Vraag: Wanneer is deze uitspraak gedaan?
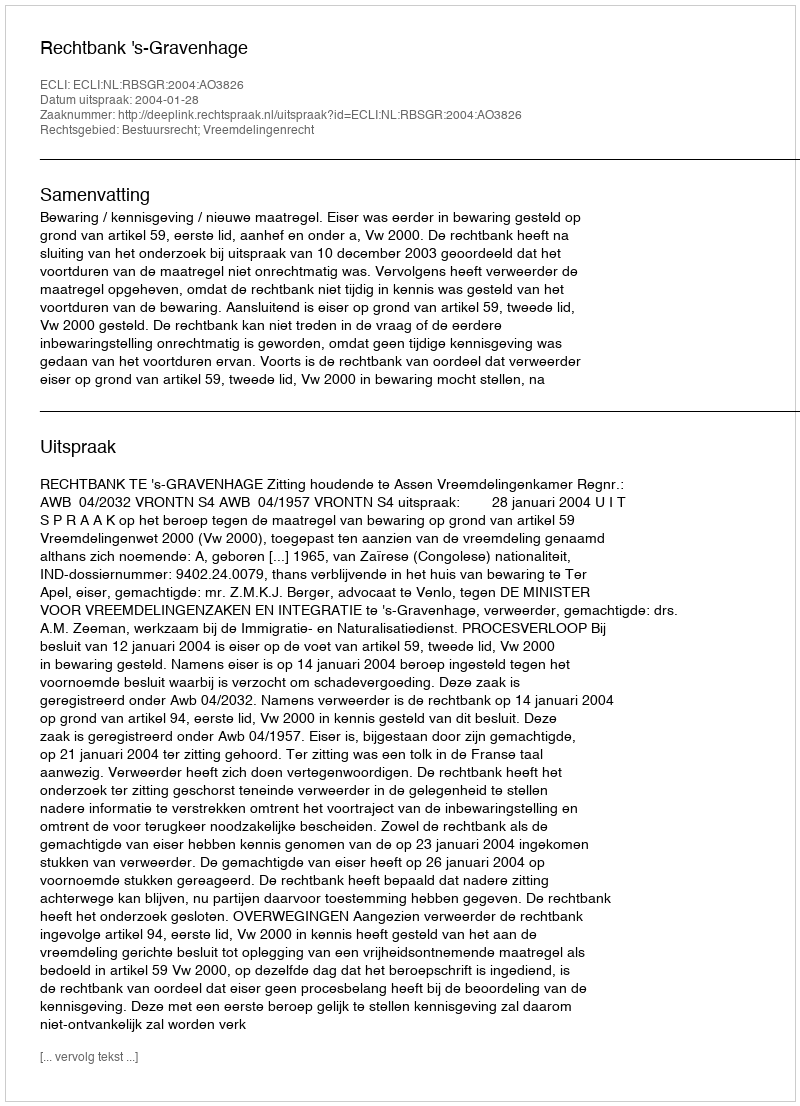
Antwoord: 2004-01-28